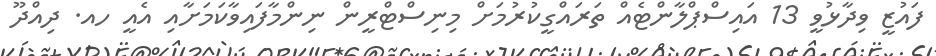
ފައުޒީ ވިދާޅުވީ 13 އައިސްޕްލާންޓެއް ތަރައްގީކުރުމަށް މިނިސްޓްރީން ނިންމާފައިވާކަމަށާއި އެއީ ހއ. ދިއްދޫ